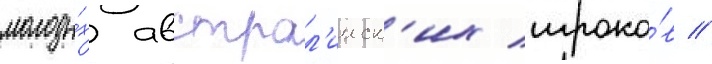
молоды́х австрал'ииск'их игроко́в //